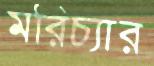
মরিচ্যার